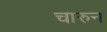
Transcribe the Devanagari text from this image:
चारुन